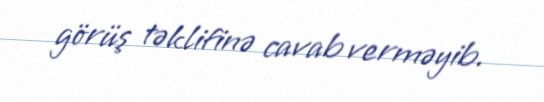
görüş təklifinə cavab verməyib.